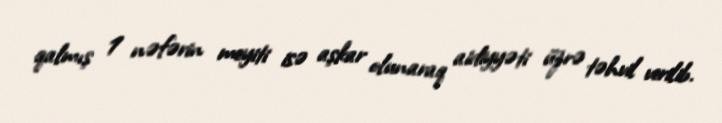
qalmış 1 nəfərin meyiti isə aşkar olunaraq aidiyyəti üzrə təhvil verilib.